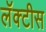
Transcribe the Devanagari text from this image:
लॅक्‍टीस